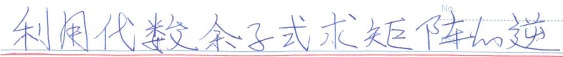
利用代数余子式求矩阵的逆